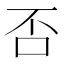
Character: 否